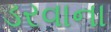
ડરવાના